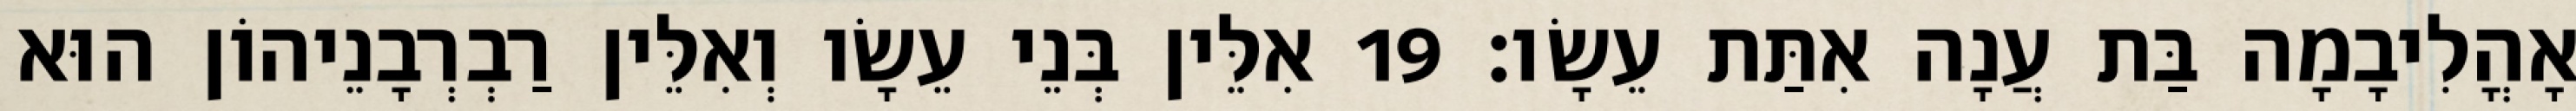
אָהֳלִיבָמָה בַּת עֲנָה אִתַּת עֵשָׂו׃ 19 אִלֵּין בְּנֵי עֵשָׂו וְאִלֵּין רַבְרְבָנֵיהוֹן הוּא